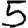
Digit: 5